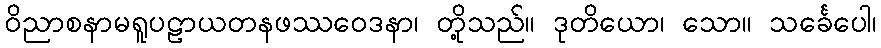
ဝိညာစနာမရူပဠာယတနဖဿဝေဒနာ၊ တို့သည်။ ဒုတိယော၊ သော။ သင်္ခေပေါ၊